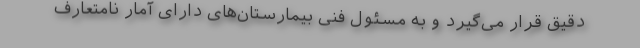
دقیق قرار می‌گیرد و به مسئول فنی بیمارستان‌های دارای آمار نامتعارف